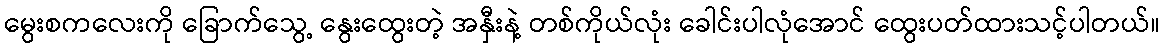
မွေးစကလေးကို ခြောက်သွေ့ နွေးထွေးတဲ့ အနှီးနဲ့ တစ်ကိုယ်လုံး ခေါင်းပါလုံအောင် ထွေးပတ်ထားသင့်ပါတယ်။